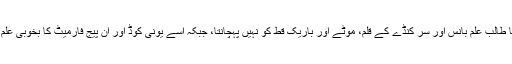
آج کا طالب علم بانس اور سر کنڈے کے قلم، موٹے اور باریک قط کو نہیں پہچانتا، جبکہ اسے یونی کوڈ اور ان پیج فارمیٹ کا بخوبی علم ہے۔